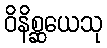
ဝိနိစ္ဆယေသု